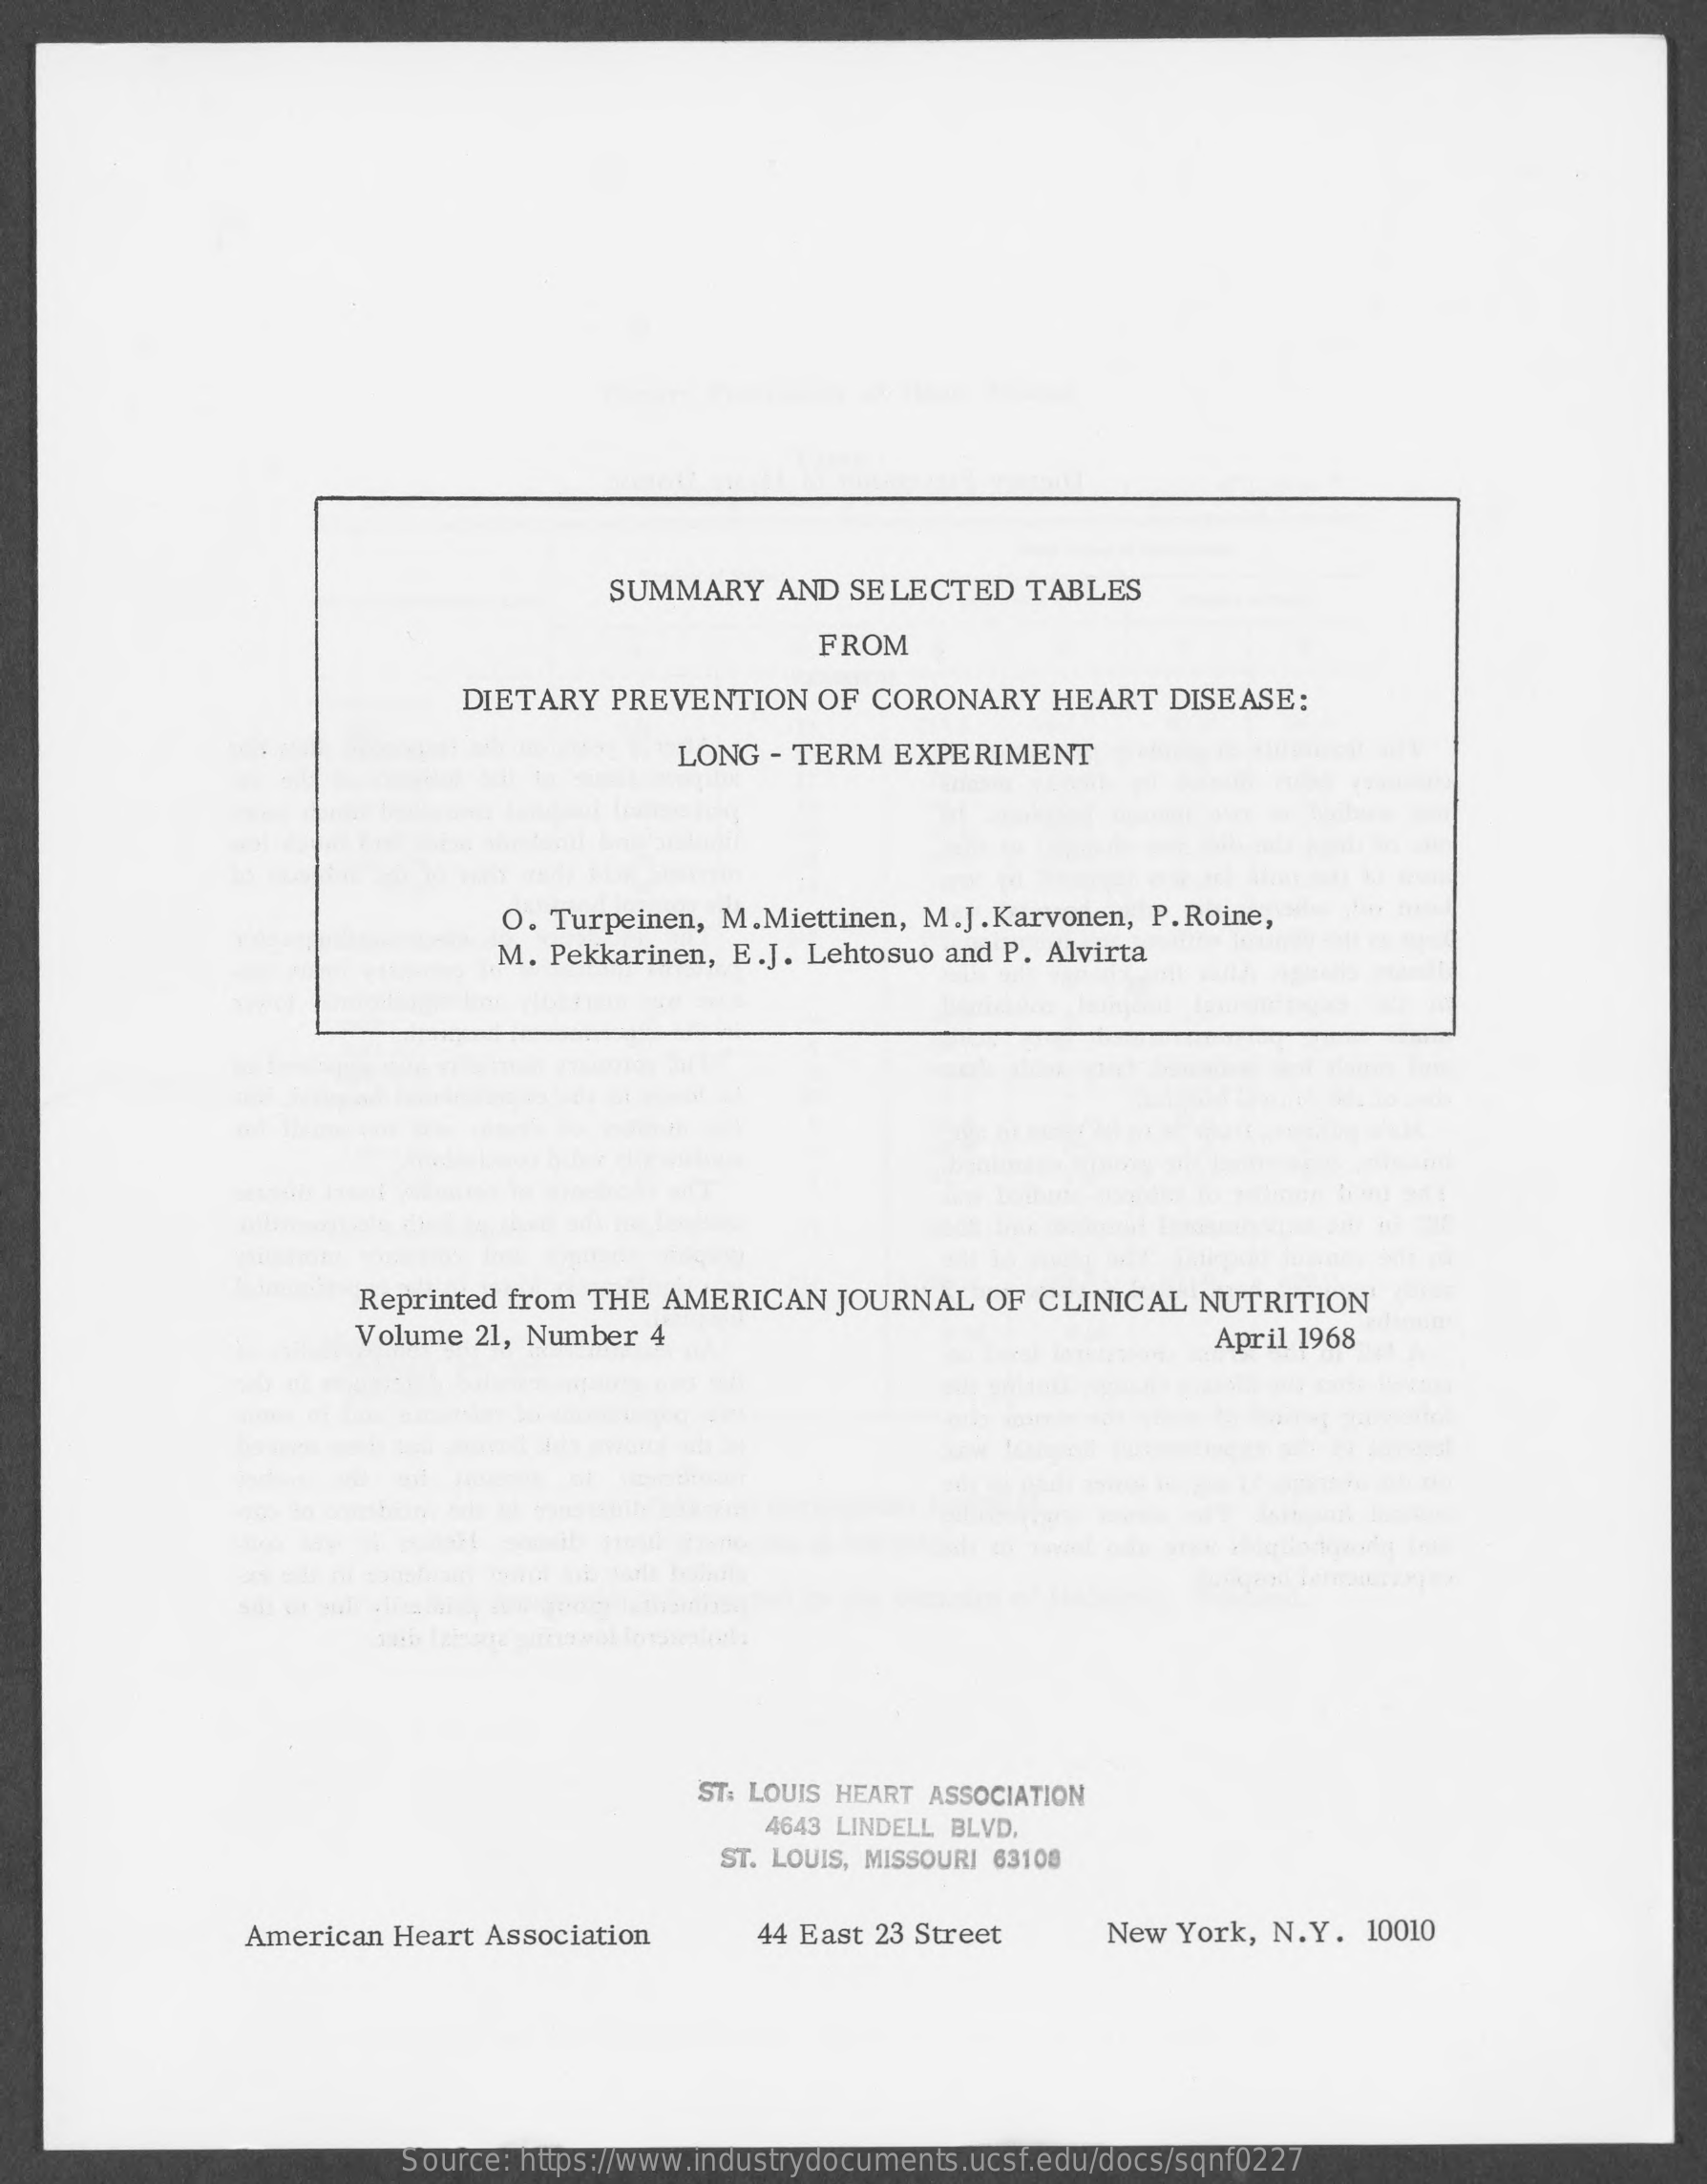
SUMMARY    AND  SELECTED   TABLES
     FROM
     DIETARY  PREVENTION   OF  CORONARY    HEART  DISEASE:
     LONG  - TERM EXPERIMENT
     O. Turpeinen, M.Miettinen, M.J.Karvonen,  P. Roine,
     M. Pekkarinen, E.J. Lehtosuo and P. Alvirta
     Reprinted from THE AMERICAN    JOURNAL  OF  CLINICAL  NUTRITION
     Volume 21, Number  4    April 1968
     ST: LOUIS HEART ASSOCIATION
     4643 LINDELL BLVD.
     ST. LOUIS, MISSOURI 63108
     American  Heart Association    44 East 23 Street    New  York, N.Y.  10010
     Source: https://www.industrydocuments.ucsf.edu/docs/sqnf0227